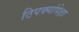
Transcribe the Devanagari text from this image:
ठिपक्यांपेक्षा